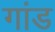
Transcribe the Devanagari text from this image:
गांड